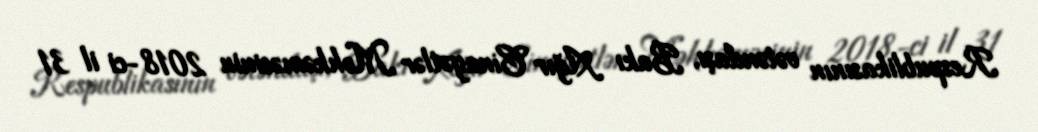
Respublikasının vətəndaşı, Bakı Ağır Cinayətlər Məhkəməsinin 2018-ci il 31